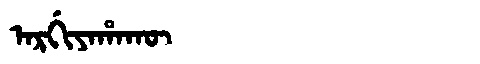
Manchu: ᠠᡵᡤᡳᠶᠠᡥᠠᡴᡡ
Romanization: ARGIYAHAKŪ